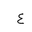
Letter: _ayn